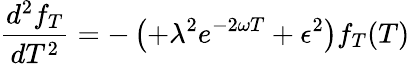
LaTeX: \frac{d^{2}f_{T}}{dT^{2}}=-\left(+\lambda^{2}e^{-2\omega T}+\epsilon^{2}\right)f_{T}(T)